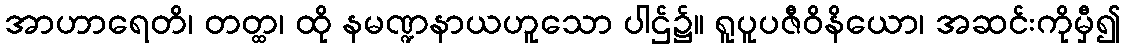
အာဟာရေတိ၊ တတ္ထ၊ ထို နမဏ္ဍနာယဟူသော ပါဌ်၌။ ရူပူပဇီဝိနိယော၊ အဆင်းကိုမှီ၍